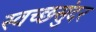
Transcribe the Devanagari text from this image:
स्वच्छसुंदर